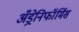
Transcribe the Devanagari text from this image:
अँड्रेनिफॉर्मिस